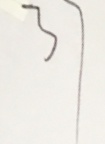
3 7